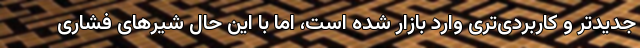
جدیدتر و کاربردی‌تری وارد بازار شده است، اما با این حال شیرهای فشاری